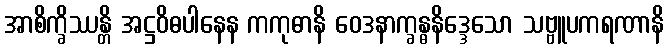
အာစိက္ခိဿန္တိ အဋ္ဌဝိဓပါနေန ကကုဓာနိ ဝေဒနာက္ခန္ဓနိဒ္ဒေသော သဗ္ဗူပကရဏာနိ